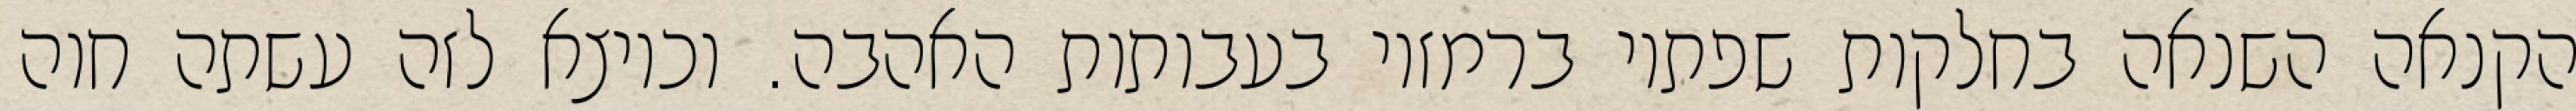
הקנאה השנאה בחלקות שפתיו ברמזיו בעבותות האהבה. וכיוצא לזה עשתה חוה